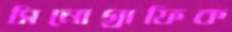
সিনোগ্রাফিক